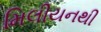
મિલીયનથી